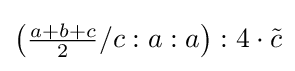
\left({\tfrac {a+b+c}{2}}/c:a:a\right):4\cdot {\tilde {c}}